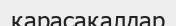
қарасақалдар